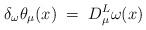
LaTeX: \begin{align*}\delta_\omega \theta_\mu(x) \;=\; D^L_\mu \omega(x)\end{align*}